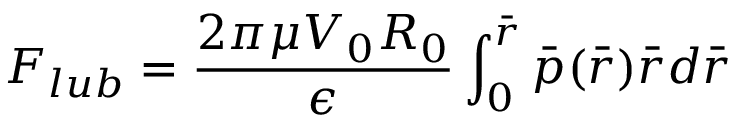
F _ { l u b } = \frac { 2 { \pi } { \mu } V _ { 0 } R _ { 0 } } { \epsilon } \int _ { 0 } ^ { \bar { r } } \bar { p } ( \bar { r } ) \bar { r } d \bar { r }